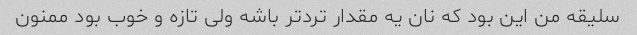
سلیقه من این بود که نان یه مقدار ترد‌تر باشه ولی تازه و خوب بود ممنون